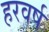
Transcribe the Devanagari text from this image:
हरवर्ष